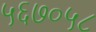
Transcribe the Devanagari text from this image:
५६७०५८